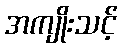
အကျိုးသင့်